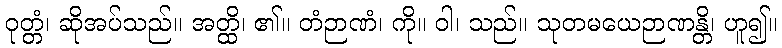
ဝုတ္တံ၊ ဆိုအပ်သည်။ အတ္ထိ၊ ၏။ တံဉာဏံ၊ ကို။ ဝါ၊ သည်။ သုတမယေဉာဏန္တိ၊ ဟူ၍။